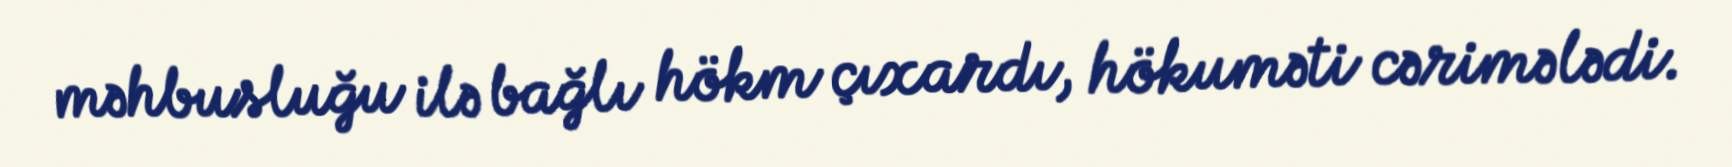
məhbusluğu ilə bağlı hökm çıxardı, hökuməti cərimələdi.